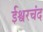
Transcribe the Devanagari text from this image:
ईश्वरचंद